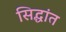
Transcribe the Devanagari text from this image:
सिद्धांत